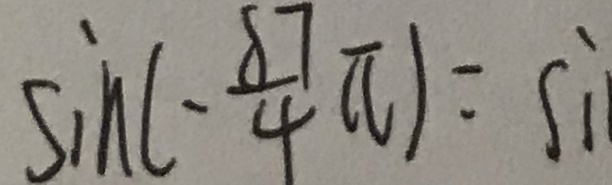
\sin ( - \frac { 8 7 } { 4 } \pi ) = s i